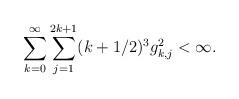
LaTeX: \begin{align*}\sum_{k=0}^\infty\sum_{j=1}^{2k+1}(k+1/2)^3g^2_{k,j}<\infty.\end{align*}